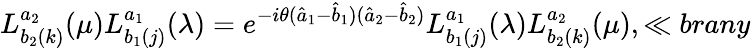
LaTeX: L_{b_{2}(k)}^{a_{2}}(\mu)L_{b_{1}(j)}^{a_{1}}(\lambda)=e^{-i\theta(\hat{a}_{1}-\hat{b}_{1})(\hat{a}_{2}-\hat{b}_{2})}L_{b_{1}(j)}^{a_{1}}(\lambda)L_{b_{2}(k)}^{a_{2}}(\mu),\ll{brany}